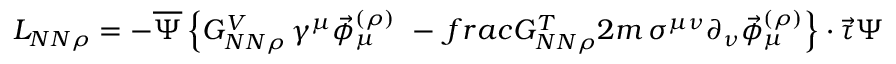
{ \cal L } _ { N N \rho } = - \overline { { { \Psi } } } \left\{ G _ { N N \rho } ^ { V } \, \gamma ^ { \mu } \vec { \phi } _ { \mu } ^ { ( \rho ) } \ - \, f r a c { G _ { N N \rho } ^ { T } } { 2 m } \, \sigma ^ { \mu \nu } \partial _ { \nu } \vec { \phi } _ { \mu } ^ { ( \rho ) } \right\} \cdot \vec { \tau } \Psi